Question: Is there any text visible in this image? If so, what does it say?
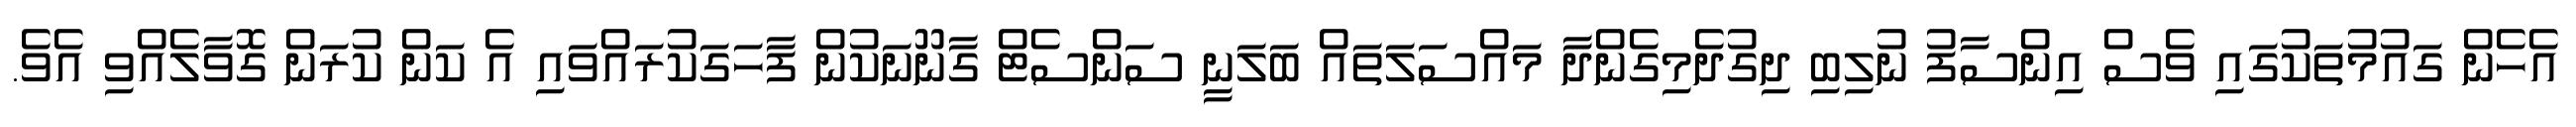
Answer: އެހެން ގައުމުތަކުގައި ވެސް އިންސާފު ނުލިބި ދިގުދެމިގެންދާ މައްސަލަތައް ބަލަނީ ސަންސެޓް ގާނޫނަކުން ފާހަގަކުރައްވައި އެ ކަން ކުރަން ގޮވާލެއްވި އެވެ.